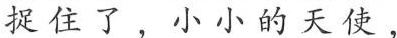
捉住了，小小的天使，